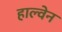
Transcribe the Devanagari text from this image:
हाल्वेन